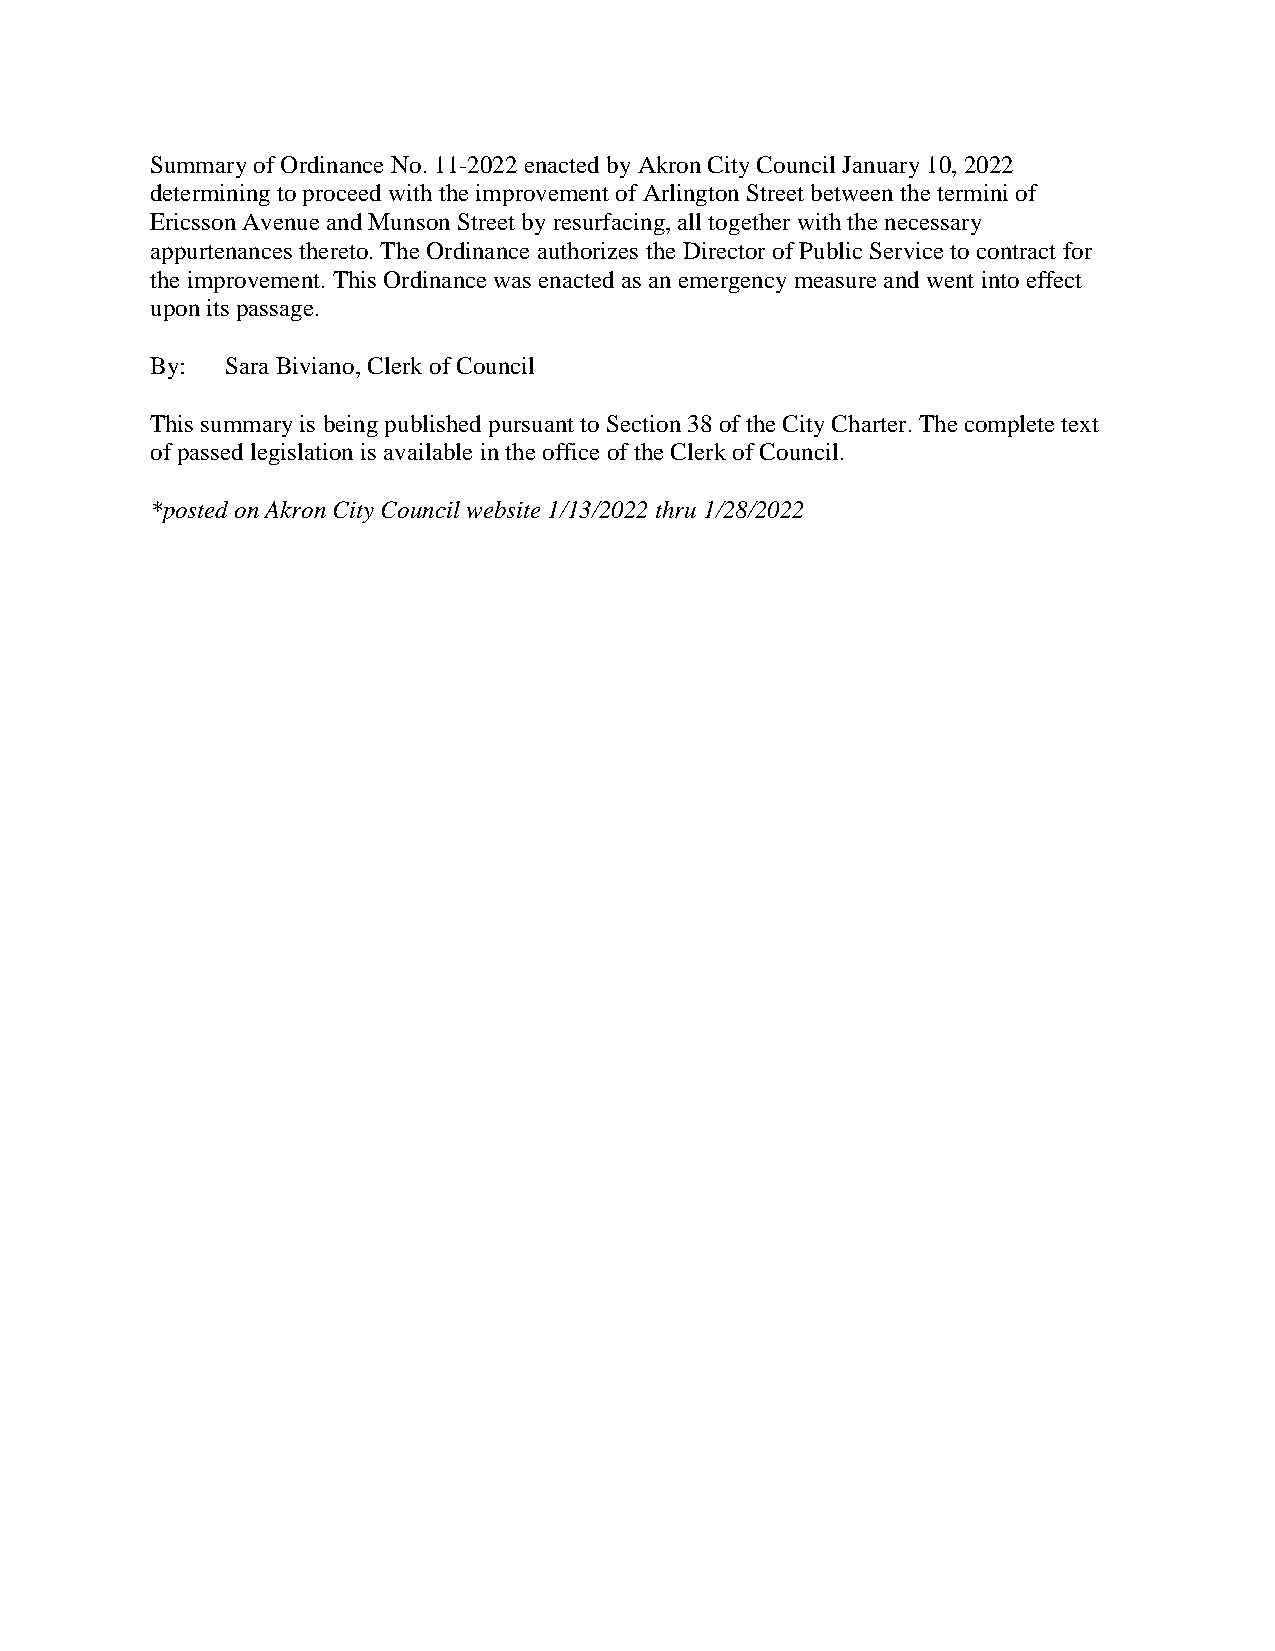
Summary of Ordinance No. 11-2022 enacted by Akron City Council January 10, 2022
 determining to proceed with the improvement of Arlington Street between the termini of
 Ericsson Avenue and Munson Street by resurfacing, all together with the necessary
 appurtenances thereto. The Ordinance authorizes the Director of Public Service to contract for
 the improvement. This Ordinance was enacted as an emergency measure and went into effect
 upon its passage.
 By:  Sara Biviano, Clerk of Council
 This summary is being published pursuant to Section 38 of the City Charter. The complete text
 of passed legislation is available in the office of the Clerk of Council.
 *posted on Akron City Council website 1/13/2022 thru 1/28/2022